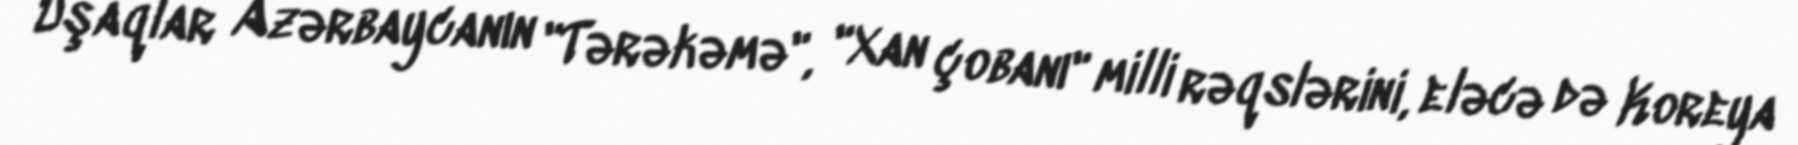
Uşaqlar Azərbaycanın "Tərəkəmə", "Xan çobanı" milli rəqslərini, eləcə də Koreya